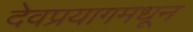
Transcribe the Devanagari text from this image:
देवप्रयागमधून